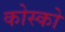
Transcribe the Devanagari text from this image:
कोस्को